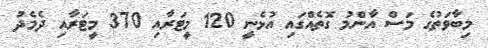
މިބާވަތުގެ މަސް އާންމު ގޮތެއްގައި އުޅެނީ 120 މީޓަރާއި 370 މީޓަރާއި ދެމެދު